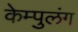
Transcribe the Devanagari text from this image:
केम्पुलंग